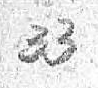
33